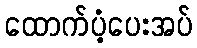
ထောက်ပံ့ပေးအပ်